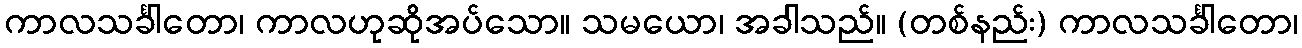
ကာလသင်္ခါတော၊ ကာလဟုဆိုအပ်သော။ သမယော၊ အခါသည်။ (တစ်နည်း) ကာလသင်္ခါတော၊